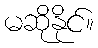
မဆိုနိုင်။